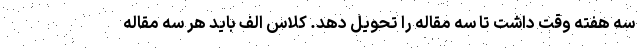
سه هفته وقت داشت تا سه مقاله را تحویل دهد. کلاس الف باید هر سه مقاله